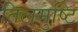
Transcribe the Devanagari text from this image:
तिलमुष्टि